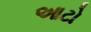
આટો